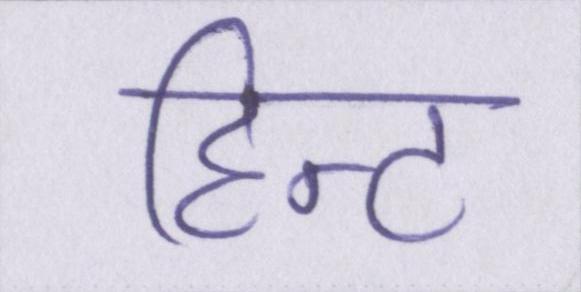
हिन्ट